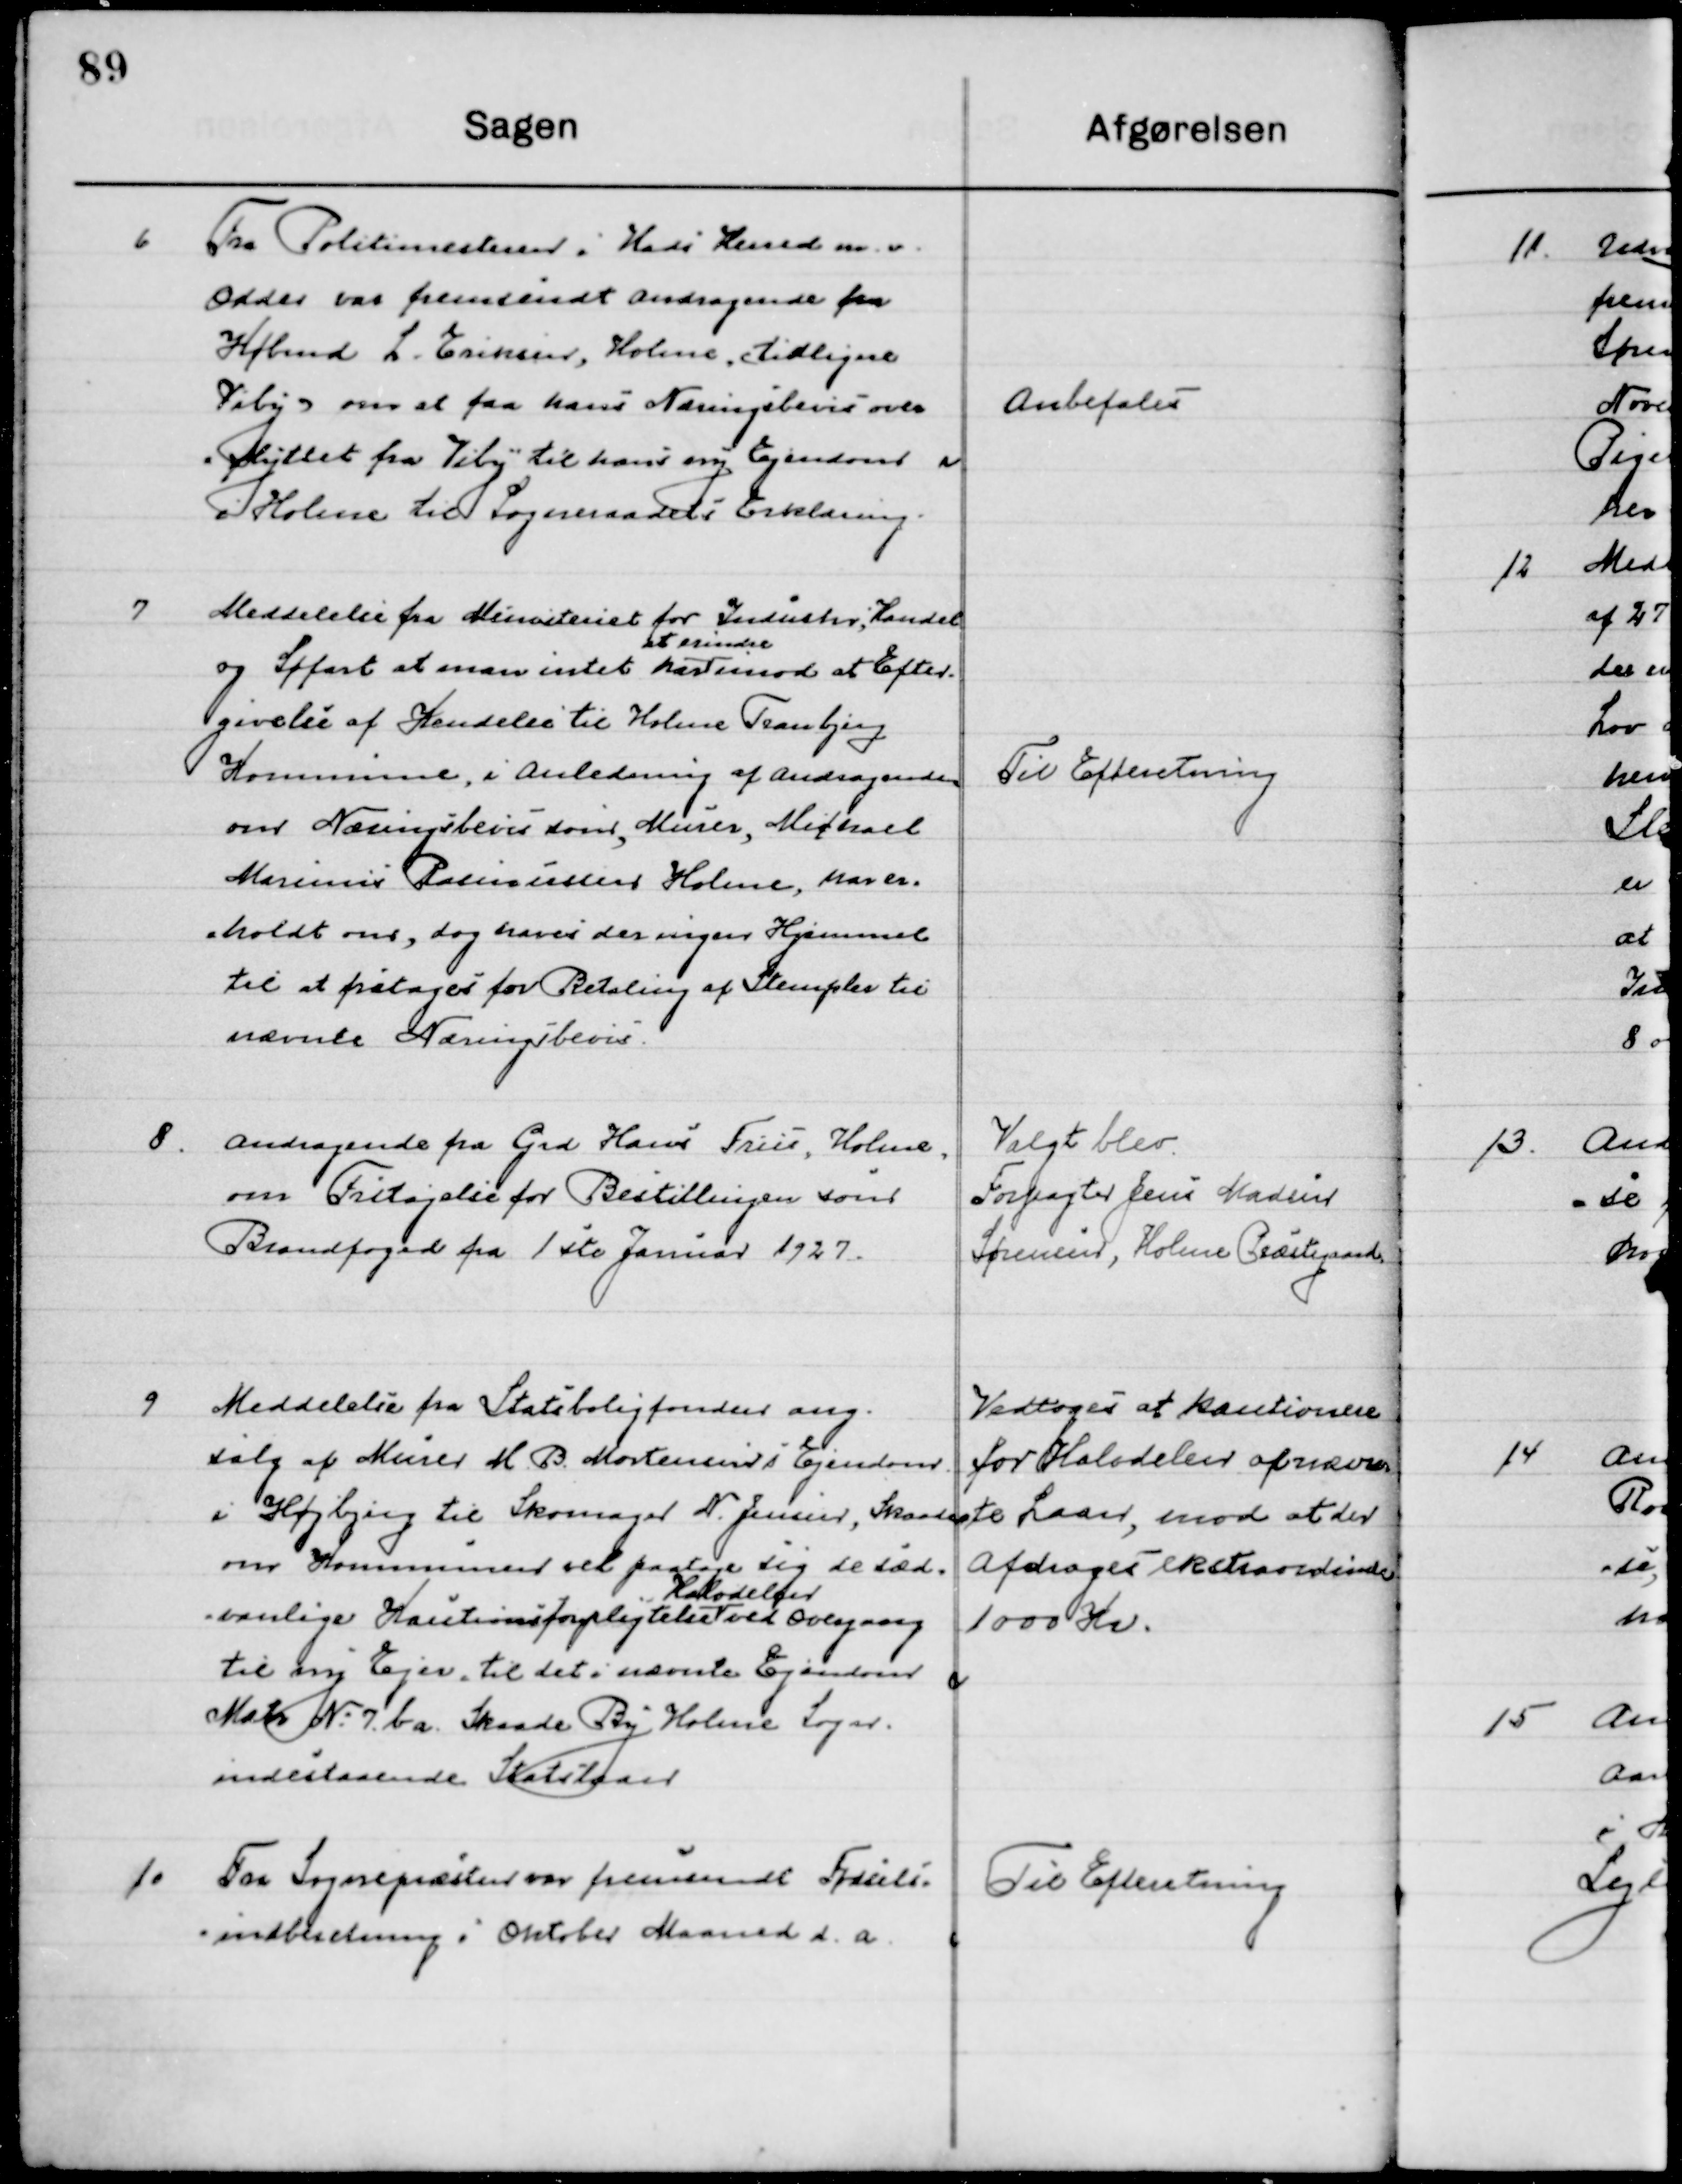
Transskription:
6

Fra Politimesteren i Hads Herreders m. v.
Odder var fremsendt Andragende fra
Købmd. L. Eriksen, Holme, tidligere
Viby om at faa hans Næringsbevis over-
flyttet fra Viby til hans ny Ejendom 
i Holme til Sogneraadets Erklæring.

Anbefales

7

Meddelelse fra Ministeriet for Industri, Handel 
og Søfart at man intet har 
at erindre
imod at Efter-
givelse af Hændelse til Holme Tranbjerg
Kommune, i Anledning af Andragende
om Næringsbevis som, Murer, Michael
Marinus Rasmussen Holme, har er-
holdt om, dog have der ingen Hjemmel
til at paatages for Betaling af Stempler til
nævnte Næringsbevis.

Til Efterretning

8

Andragende fra Grd. Hans Friis. Holme 
om Fritagelse for Bestillingen som
Brandfoged fra 1ste Januar 1927.

Valgt blev
Forpagter Jens Madsen 
Sørensen, Holme Præstegaard

9

Meddelelse fra Statsboligfonden ang.
salg af Murer M. B. Mortensens i Ejendom
I Højbjerg til Skomager N. Jensen, Skaade
om Kommunen vil paatage sig de sæd-
vanlige Kautionsforpligtelser  
Halvdelen
ved Overdragelse
til ny Ejer, til det i nævnte Ejendom
Matr. No. 7 b a Skaade By Holme Sogn.
Indestaaende Statslaan.

Vedtoges at kautionere
For Halvdelen af nævn-
te Laan, mod at der
Afdrages ekstra ordinære
1000 Kr.

10

Fra Sognepræsten var fremsendt Fødsels-
indberetning i Oktober Maaned d. a.

Til Efterretning